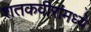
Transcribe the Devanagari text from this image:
शतकवीरांमध्ये